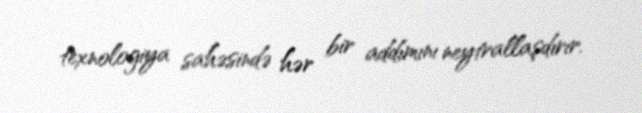
texnologiya sahəsində hər bir addımını neytrallaşdırır.